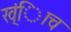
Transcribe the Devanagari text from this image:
ख्ंिाच